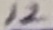
Text: 12